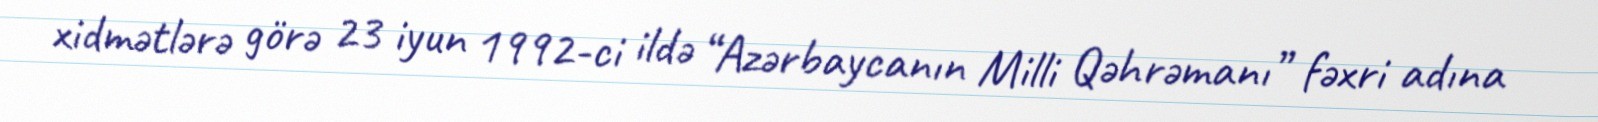
xidmətlərə görə 23 iyun 1992-ci ildə “Azərbaycanın Milli Qəhrəmanı” fəxri adına